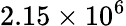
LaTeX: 2.15\times 10^{6}